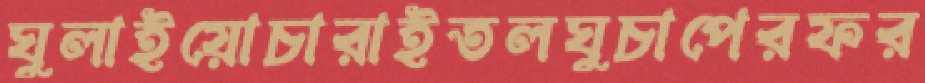
ঘুলাইয়োচারাইতলঘুচাপেরফর